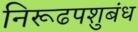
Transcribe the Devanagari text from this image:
निरूढपशुबंध